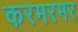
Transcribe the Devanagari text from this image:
करमरमर